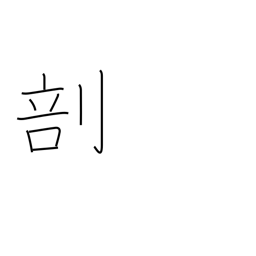
Meaning: divide